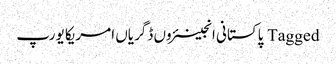
Tagged پاکستانی انجینئروں ڈگریاں امریکا یورپ